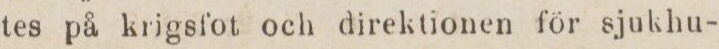
tes på krigsfot och direktionen för sjukhu-